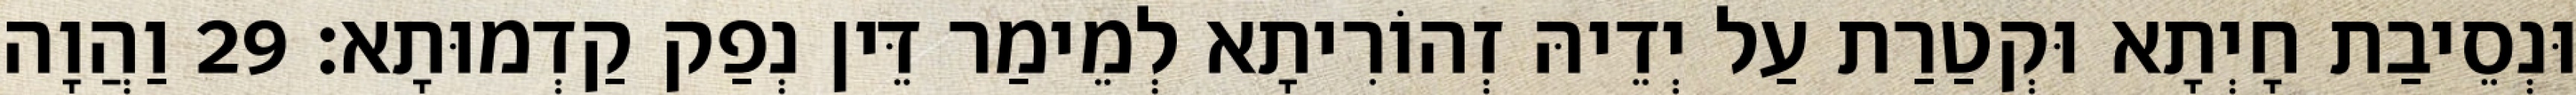
וּנְסֵיבַת חָיְתָא וּקְטַרַת עַל יְדֵיהּ זְהוֹרִיתָא לְמֵימַר דֵּין נְפַק קַדְמוּתָא׃ 29 וַהֲוָה